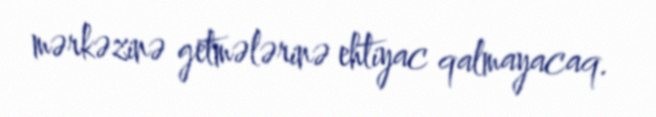
mərkəzinə getmələrinə ehtiyac qalmayacaq.